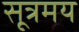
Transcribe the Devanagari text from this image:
सूत्रमय